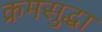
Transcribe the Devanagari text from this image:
क्रमसुद्धा